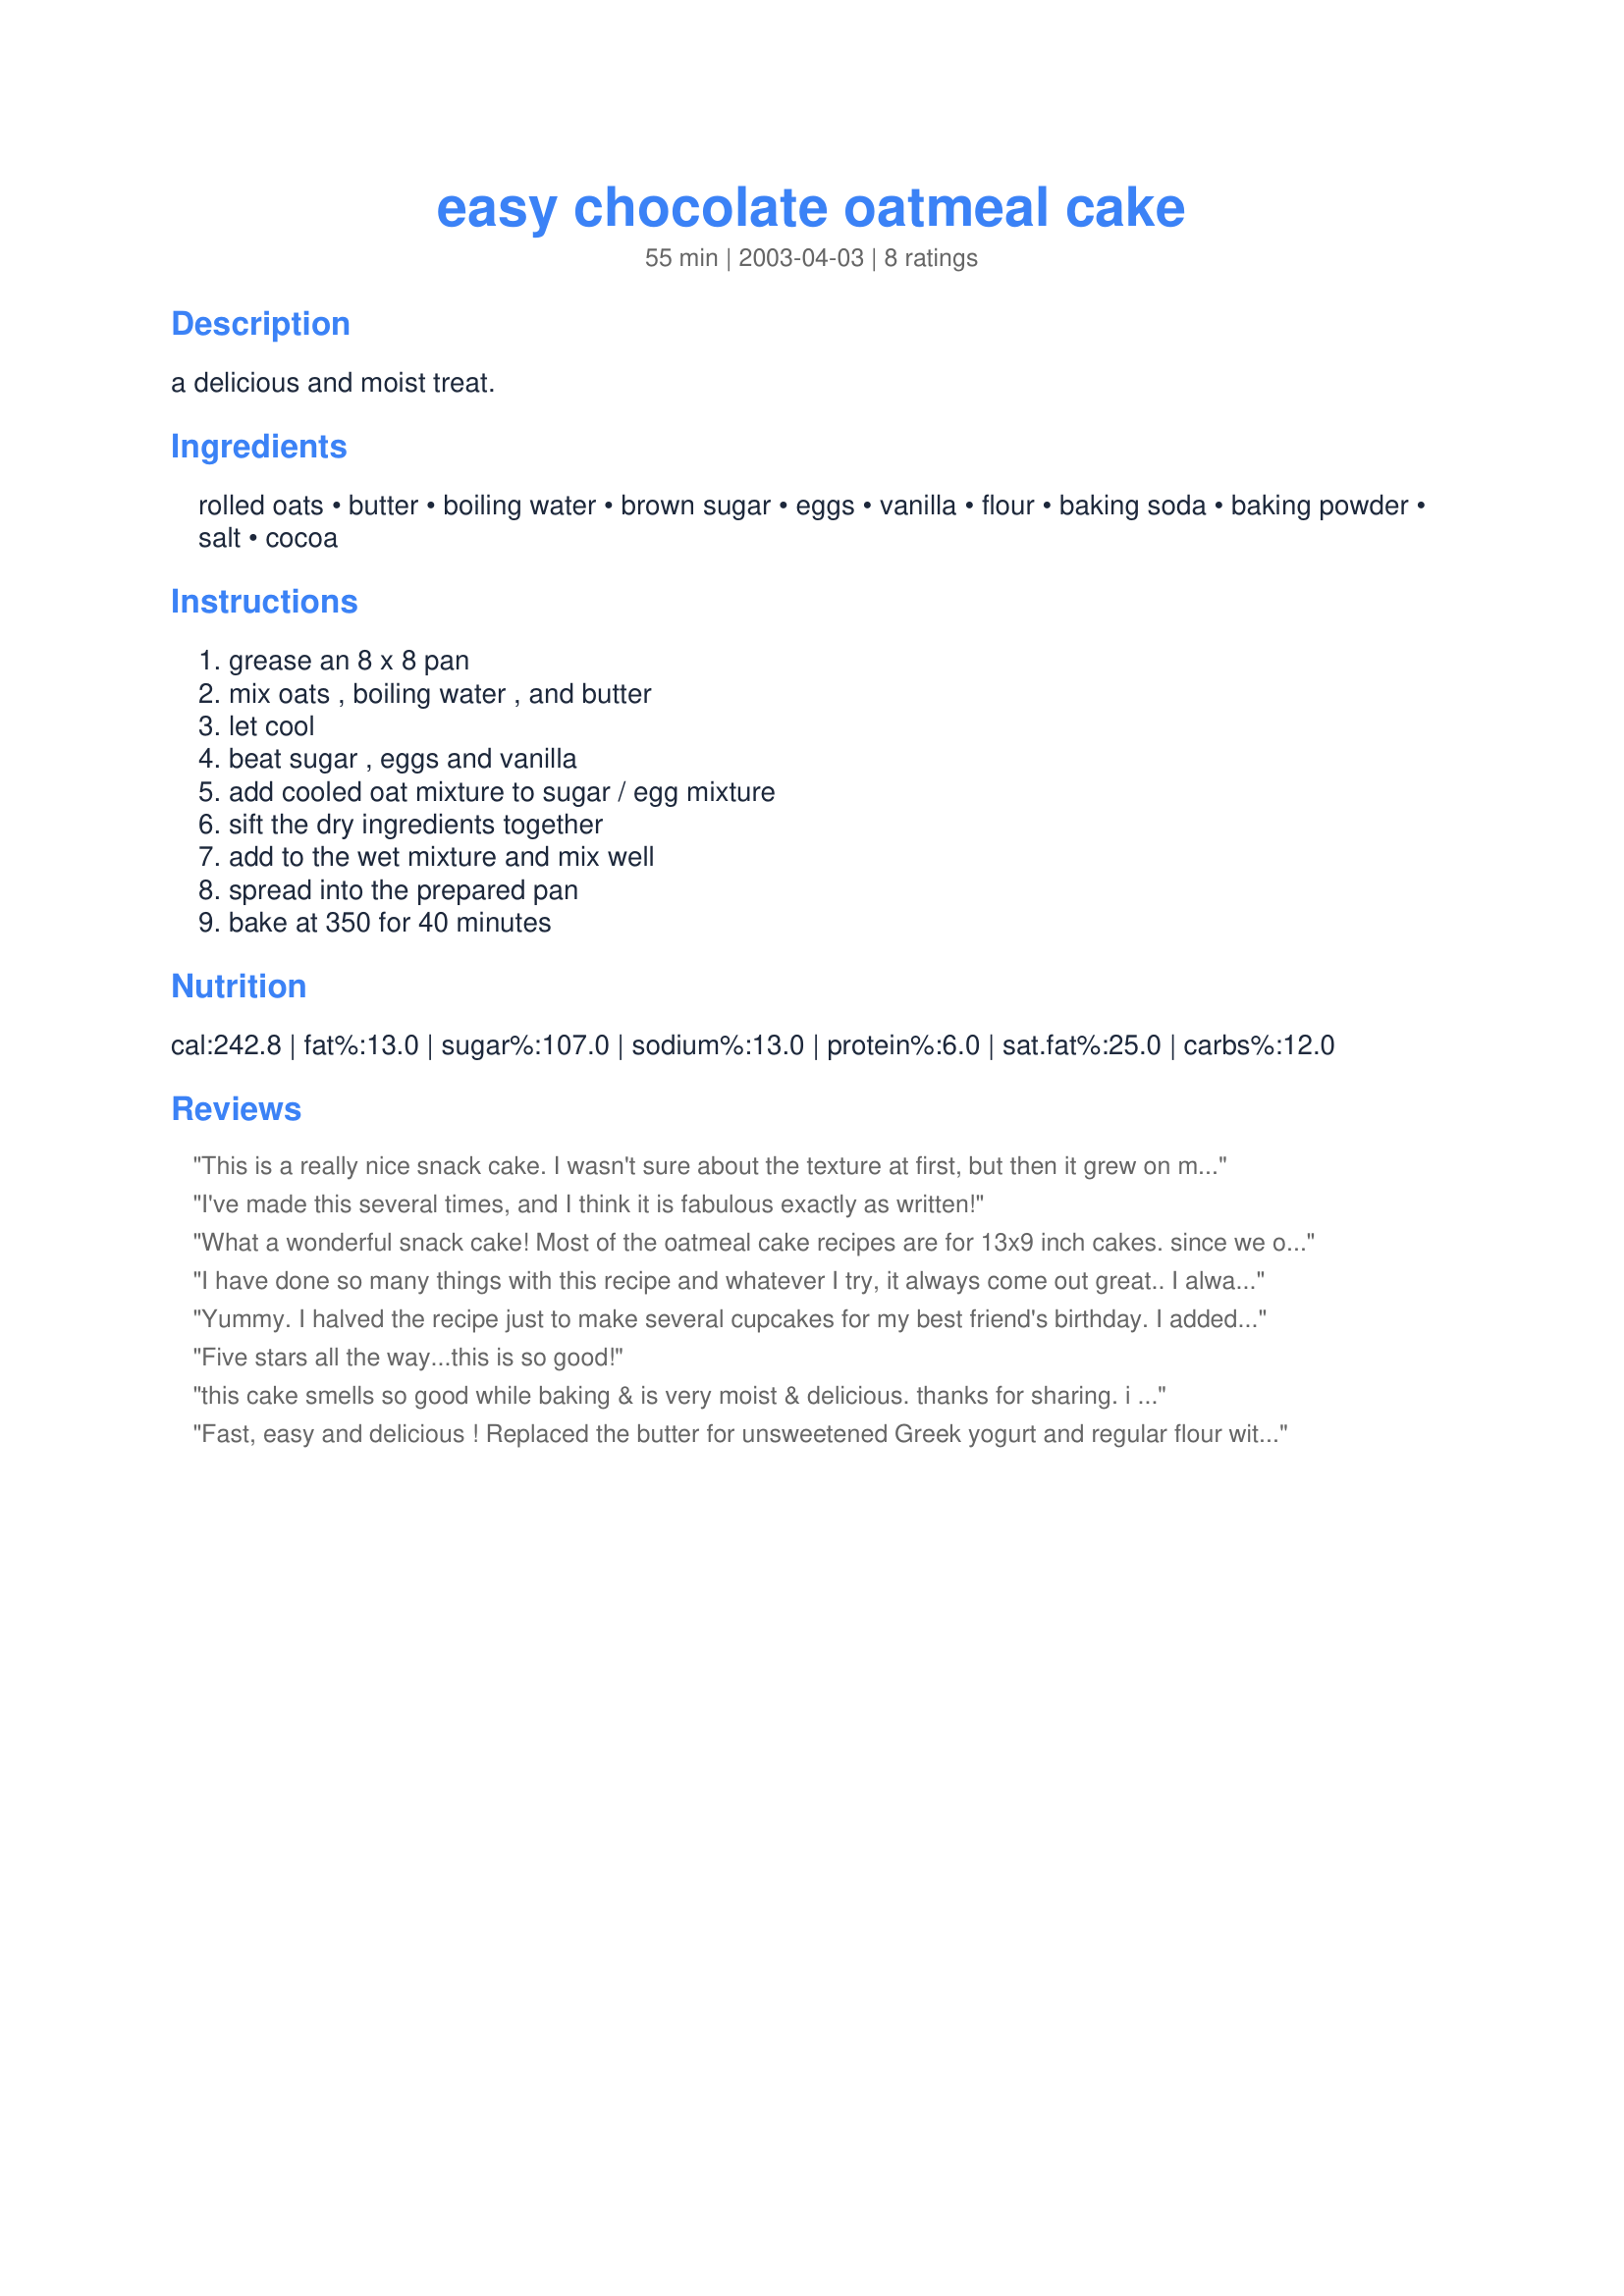
easy chocolate oatmeal cake
Preparation time: 55 minutes

a delicious and moist treat.

Ingredients:
rolled oats, butter, boiling water, brown sugar, eggs, vanilla, flour, baking soda, baking powder, salt, cocoa

Steps:
grease an 8 x 8 pan, mix oats , boiling water , and butter, let cool, beat sugar , eggs and vanilla, add cooled oat mixture to sugar / egg mixture, sift the dry ingredients together, add to the wet mixture and mix well, spread into the prepared pan, bake at 350 for 40 minutes

Reviews:
This is a really nice snack cake. I wasn't sure about the texture at first, but then it grew on me. It is better the next day. I loved that it didn't taste overly sweet. I'm surprised because it seems like lots of sugar for such a small cake. Next time, I think I'll try Ex Tow Boat Cook's suggestion to substitute applesauce for some of the butter, maybe 50/50. Thanks for posting the recipe, I'll be making it again.
I've made this several times, and I think it is fabulous exactly as written!
What a wonderful snack cake! Most of the oatmeal cake recipes are for 13x9 inch cakes. since we only have 3 at home now, I wanted a smaller dessert. This was fabulous! I added 1/2 cup of chocolate morsels to the batter just to tweak it with a bit more chocolate. Thanks for sharing this great recipe. Note: even better the next day!
I have done so many things with this recipe and whatever I try, it always come out great.. I always use applesauce instead of butter (lo fat version), sometimes add cinnamon with the coco, have added peanutbutter but it was what I did the other day that got me excited~ I wanted a small carrot cake and I thought about this and knew it would work.. Same exact recipe with applesauce in place of butter (used butter nut flavoring), left out the cocoa and added about 3/4 cup shredded carrots and 2 teaspoons cinnamon.. OMG! TRY THAT! The applesauce moistens the cake more and more and it only gets better as the days go by rather you make the chocolate cake or carot cake.. This is my favorite all time recipe..
Yummy. I halved the recipe just to make several cupcakes for my best friend's birthday. I added chocolate chips and frosted with whipped milk chocolate frosting (out of a jar because I was running out of time).
Five stars all the way...this is so good!
this cake smells so good while baking & is very moist & delicious. thanks for sharing. i have never heard of oatmeal cake before,until my aunt linda told me about it. im sure glad i looked it up.
Fast, easy and delicious ! Replaced the butter for unsweetened Greek yogurt and regular flour with integral wheat flour, worked great and tasted even better !!!
